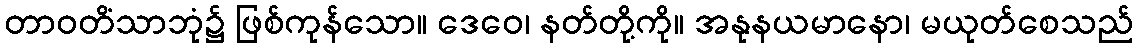
တာဝတိံသာဘုံ၌ ဖြစ်ကုန်သော။ ဒေဝေ၊ နတ်တို့ကို။ အနုနယမာနော၊ မယုတ်စေသည်